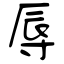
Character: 辱